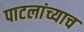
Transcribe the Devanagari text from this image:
पाटलांच्याच